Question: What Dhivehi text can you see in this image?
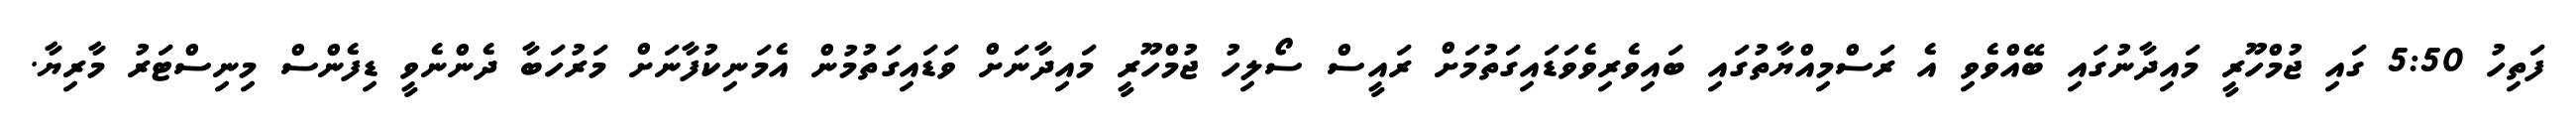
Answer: ފަތިހު 5:50 ގައި ޖުމްހޫރީ މައިދާނުގައި ބޭއްވެވި އެ ރަސްމިއްޔާތުގައި ބައިވެރިވެވަޑައިގަތުމަށް ރައީސް ސޯލިހު ޖުމްހޫރީ މައިދާނަށް ވަޑައިގަތުމުން އެމަނިކުފާނަށް މަރުހަބާ ދެންނެވީ ޑިފެންސް މިނިސްޓަރު މާރިޔާ.